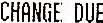
CHANGE DUE